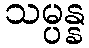
သမ္ပန္န